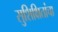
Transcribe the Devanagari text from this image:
सुशिक्षितांचा